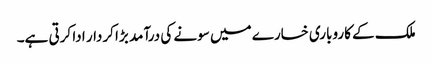
ملک کے کاروباری خسارے میں سونے کی درآمد بڑا کردار ادا کرتی ہے۔